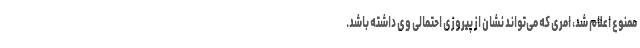
ممنوع اعلام شد، امری که می‌تواند نشان از پیروزی احتمالی وی داشته باشد.